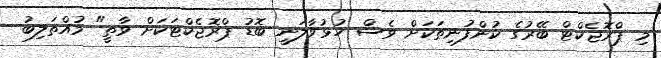
މި ޕްރޮޖެކްޓް ބޭރުގެ ކުންފުނިތަކަށް ވެސް ހުޅުވާލަނީ ބޮޑު ޕްރޮޖެކްޓަކަށް ވާތީ" މުއްތަލިބު